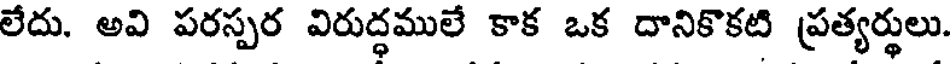
లేదు. అవి పరస్పర విరుద్ధములే కాక ఒక దానికొకటి ప్రత్యర్థులు.